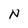
Character: N